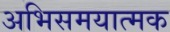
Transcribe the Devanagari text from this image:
अभिसमयात्मक